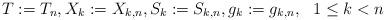
LaTeX: \begin{align*} T:=T_n,X_k:=X_{k,n},S_k:=S_{k,n},g_k:=g_{k,n},\ \ 1\le k< n\end{align*}